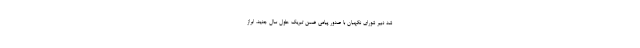
شد دبیر شورای نگهبان با صدور پیامی ضمن تبریک حلول سال جدید، ابراز